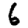
Digit: 6